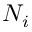
N _ { i }